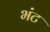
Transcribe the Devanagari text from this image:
भंट